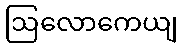
ဩလောကေယျ